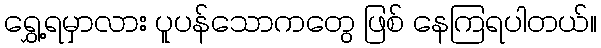
ရွှေ့ရမှာလား ပူပန်သောကတွေ ဖြစ် နေကြရပါတယ်။